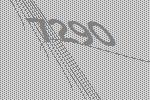
7290